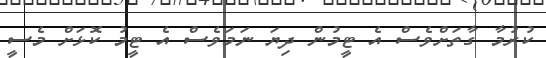
ކުރުމާ ގާތަށްވެސް އެ ޓީމުން ދިޔަ ނަމަވެސް އެ ޓީމު ކޮޅަށް މެސީ